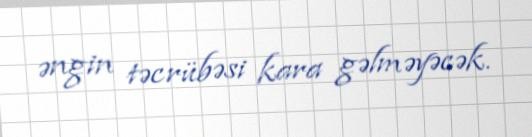
əngin təcrübəsi kara gəlməyəcək.